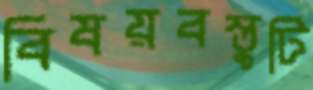
বিষয়বস্তুটি